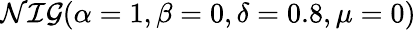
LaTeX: {\cal NIG}(\alpha=1,\beta=0,\delta=0.8,\mu=0)